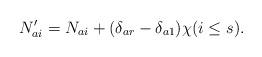
LaTeX: \begin{align*}N'_{ai}=N_{ai}+(\delta_{ar}-\delta_{a1})\chi(i\le s).\end{align*}